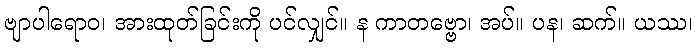
ဗျာပါရောဝ၊ အားထုတ်ခြင်းကို ပင်လျှင်။ န ကာတဗ္ဗော၊ အပ်။ ပန၊ ဆက်။ ယဿ၊